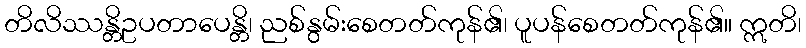
တိလိဿန္တိဥပတာပေန္တိ၊ ညစ်နွမ်းစေတတ်ကုန်၏၊ ပူပန်စေတတ်ကုန်၏။ ဣတိ၊